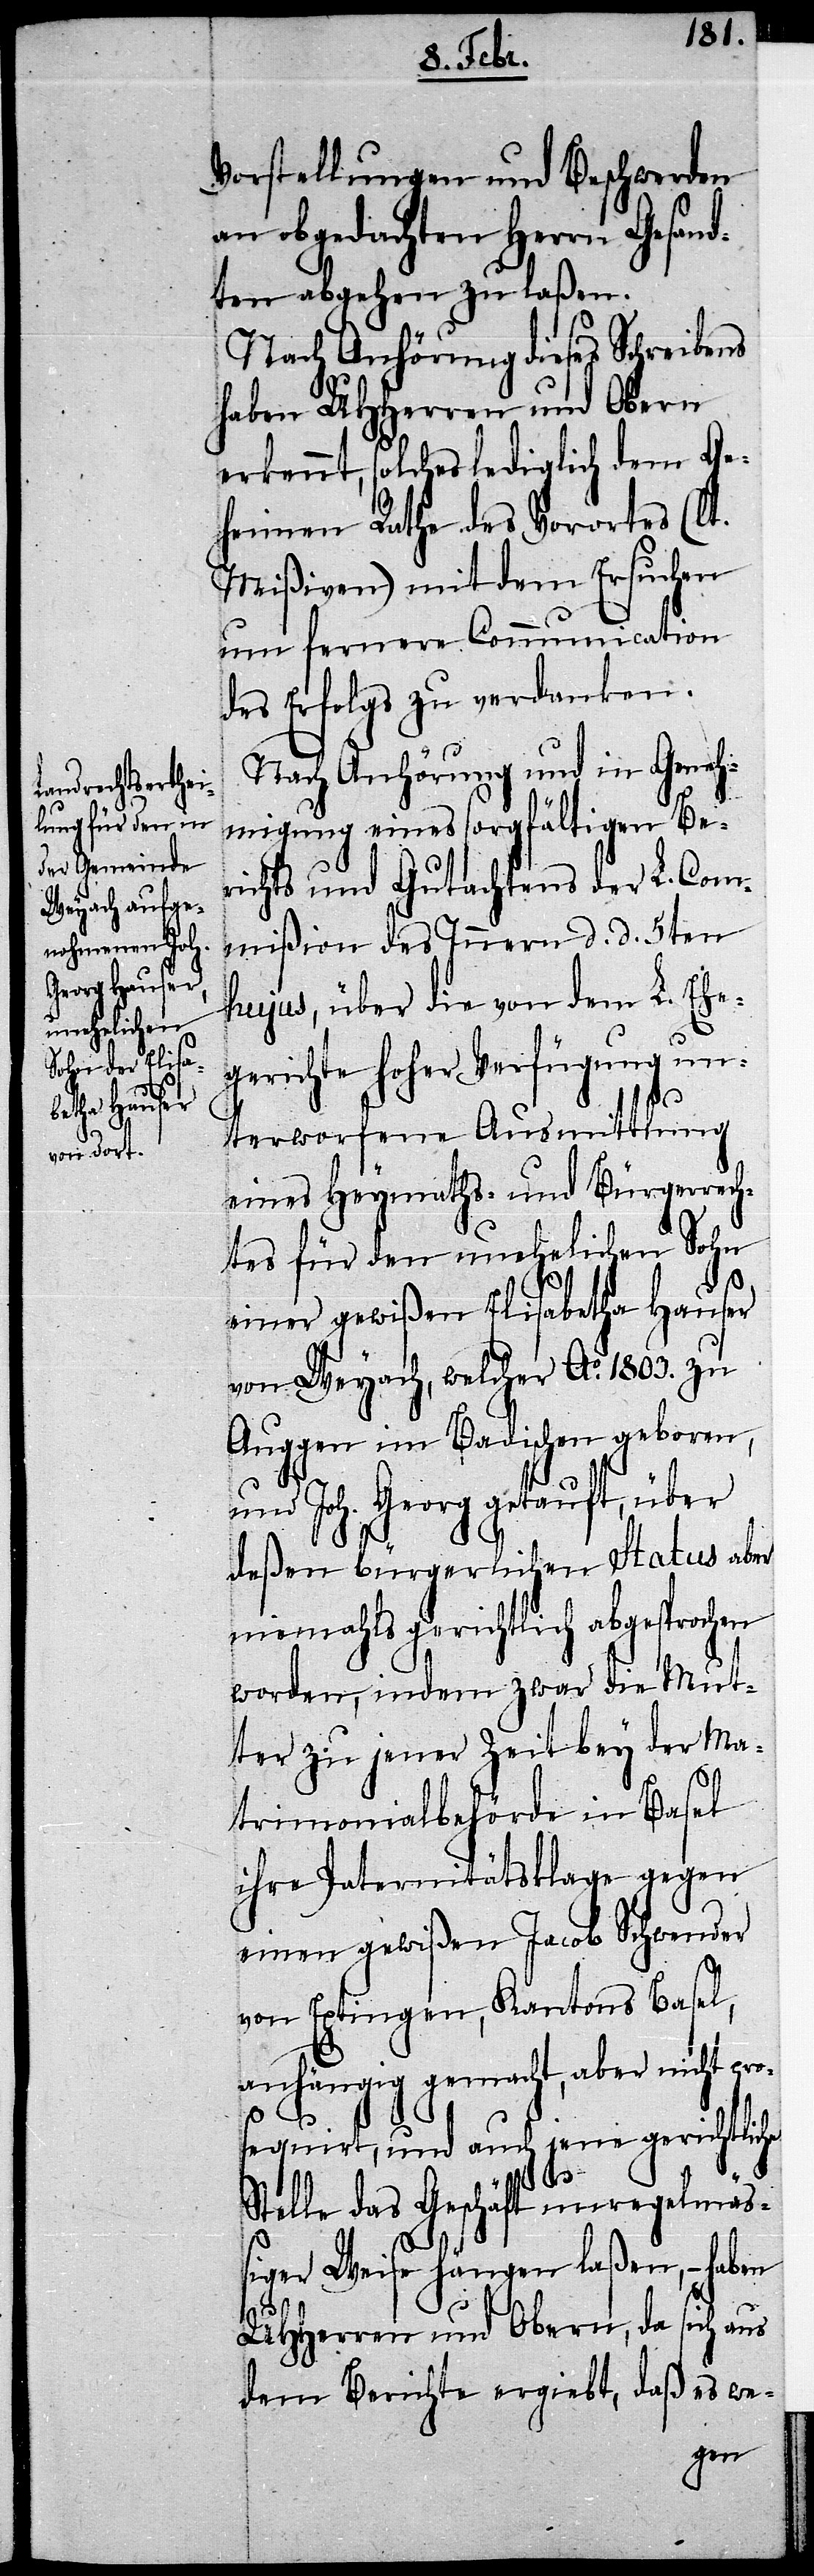
Vorstellungen und Beschwerden
an obgedachten Herrn Gesand¬
ten abgehen zu laßen.
Nach Anhörung dieses Schreibens
haben UHHerren und Obern
erkennt, solches lediglich dem Ge¬
heimen Rathe des Vorortes (lt.
Mißiven) mit dem Ersuchen
um fernere Communication
des Erfolgs zu verdanken.
Nach Anhörung und in Geneh¬
migung eines sorgfältigen Be¬
richts und Gutachtens der L. Com¬
mißion des Innern d. d. 5ten
hujus, über die von dem L. Ehe¬
gerichte hoher Verfügung un¬
terworfene Ausmittlung
eines Heymaths- und Bürgerrech¬
tes für den unehelichen Sohn
einer gewißen Elisabetha Hauser
von Weyach, welcher Ao. 1803. zu
Auggen im Badischen geboren,
und Joh. Georg getauft, über
deßen bürgerlichen Status aber
niemahls gerichtlich abgesprochen
worden, indem zwar die Mut¬
ter zu jener Zeit bey der Ma¬
trimonialbehörde in Basel
ihre Paternitätsklage gegen
einen gewißen Jacob Schwender
von Eptingen, Kantons Basel,
anhängig gemacht, aber nicht pro¬
sequirt, und auch jene gerichtliche
Stelle das Geschäft unregelmäß¬
iger Weise hängen laßen, – haben
UHHerren und Obern, da sich aus
dem Berichte ergiebt, daß es we-